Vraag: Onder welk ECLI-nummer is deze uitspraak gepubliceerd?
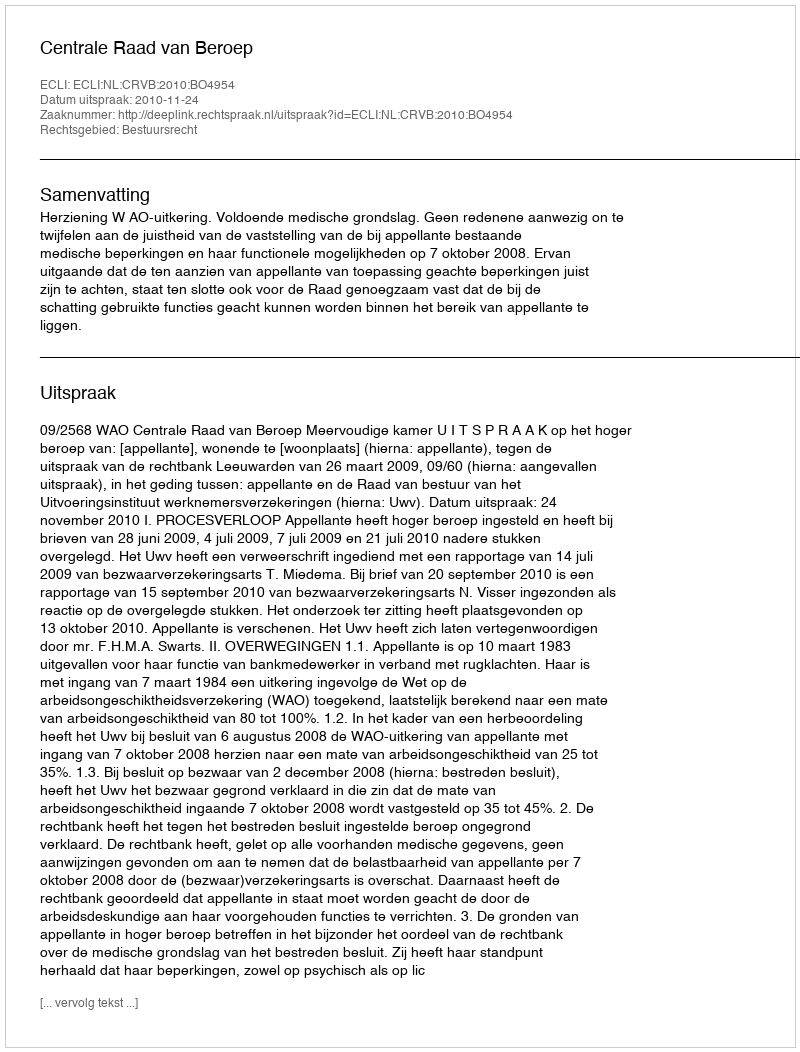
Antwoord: ECLI:NL:CRVB:2010:BO4954